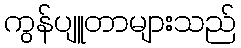
ကွန်ပျူတာများသည်